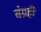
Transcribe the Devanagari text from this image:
बंग्रही